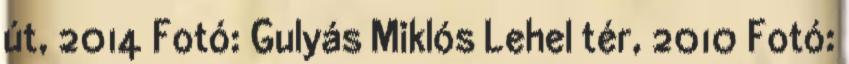
út, 2014 Fotó: Gulyás Miklós Lehel tér, 2010 Fotó: